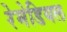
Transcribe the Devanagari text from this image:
रेमेडियल